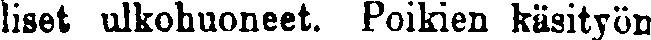
liset ulkohuoneet. Poikien käsityön